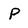
Character: P